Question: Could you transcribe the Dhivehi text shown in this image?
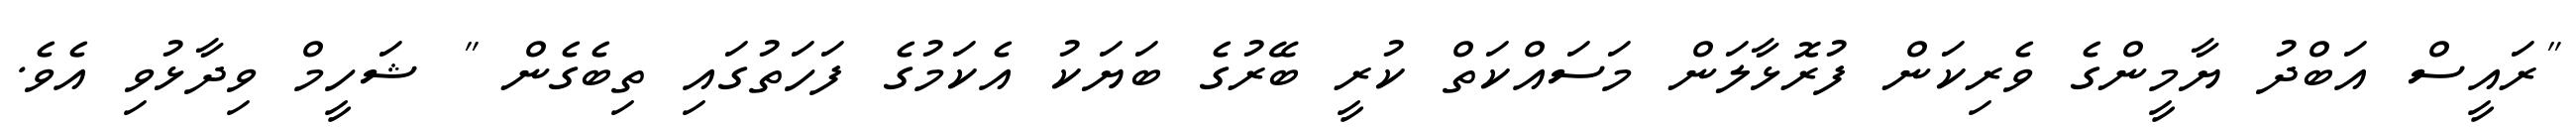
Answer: "ރައީސް އަބްދު ޔާމީންގެ ވެރިކަން ފުރޮޅާލަން މަސައްކަތް ކުރީ ބޭރުގެ ބަޔަކު އެކަމުގެ ފަހަތުގައި ތިބެގެން " ޝަހީމް ވިދާޅުވި އެވެ.